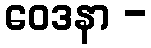
ဝေဒနာ -